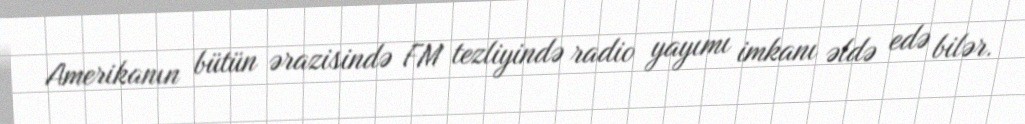
Amerikanın bütün ərazisində FM tezliyində radio yayımı imkanı əldə edə bilər.